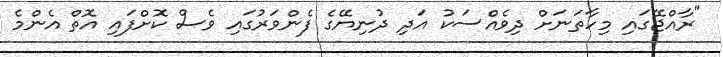
"ރާއްޖޭގައި މިހާތަނަށް ދިވެއްސަކު އަދި ދުނިޔޭގެ ފެންވަރުގައި ވެސް ކޮށްފައި އޮތް އެންމެ